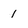
Character: 1